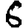
Digit: 6